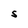
Character: S